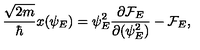
{ \frac { \sqrt { 2 m } } { \hbar } } x ( \psi _ { E } ) = { \psi _ { E } ^ { 2 } } { \frac { \partial { \cal F } _ { E } } { \partial ( \psi _ { E } ^ { 2 } ) } } - { \cal F } _ { E } ,